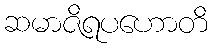
ဆမာဇိရပဟောတိ